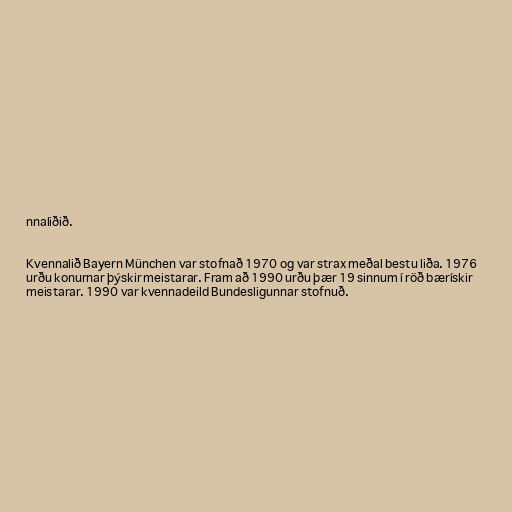
nnaliðið.

Kvennalið Bayern München var stofnað 1970 og var strax meðal bestu liða. 1976
urðu konurnar þýskir meistarar. Fram að 1990 urðu þær 19 sinnum í röð bærískir
meistarar. 1990 var kvennadeild Bundesligunnar stofnuð.